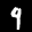
Label: 9